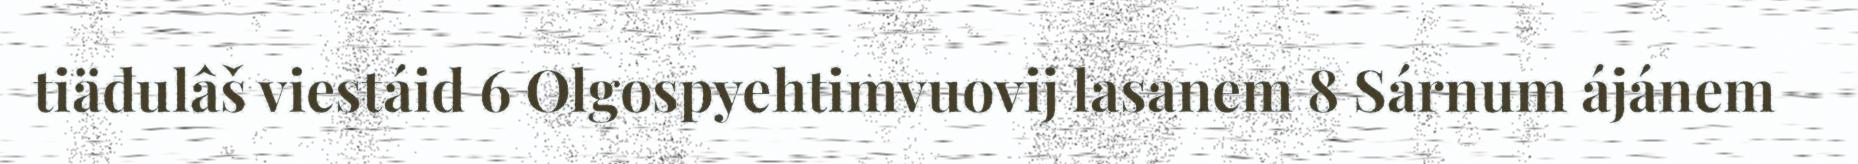
tiäđulâš viestáid 6 Olgospyehtimvuovij lasanem 8 Sárnum ájánem